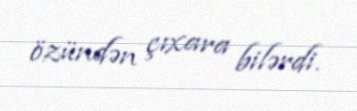
özündən çıxara bilərdi.